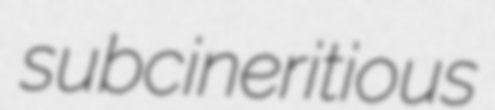
subcineritious